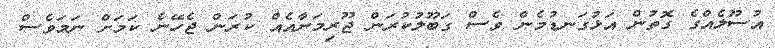
އުސޫލެއްގެ ގޮތުން އަޅުގަނޑުމެން ވެސް ގަބޫލުކުރަން ޖޫރިމަނާއެއް ކުރަން ޖެހޭނެ ކަމަށް ނަމަވެސް